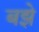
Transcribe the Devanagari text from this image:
बझे